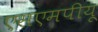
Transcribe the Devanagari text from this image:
एसएमपीयू